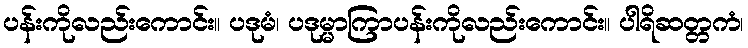
ပန်းကိုလည်းကောင်း။ ပဒုမံ၊ ပဒုမ္မာကြာပန်းကိုလည်းကောင်း။ ပါရိဆတ္တကံ၊